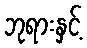
ဘုရားနှင့်